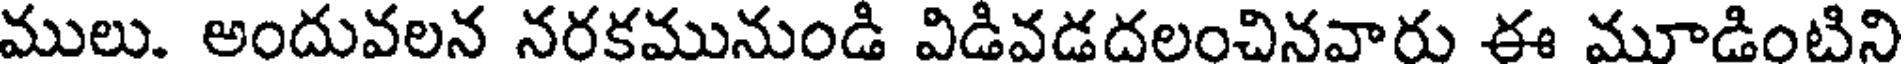
ములు. అందువలన నరకమునుండి విడివడదలంచినవారు ఈ మూడింటిని